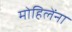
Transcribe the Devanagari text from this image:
मोहिलेंना